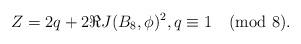
LaTeX: \begin{align*}Z= 2q + 2 \Re J(B_8, \phi)^2, q \equiv 1 \pmod 8.\end{align*}